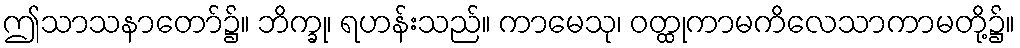
ဤသာသနာတော်၌။ ဘိက္ခု၊ ရဟန်းသည်။ ကာမေသု၊ ဝတ္ထုကာမကိလေသာကာမတို့၌။